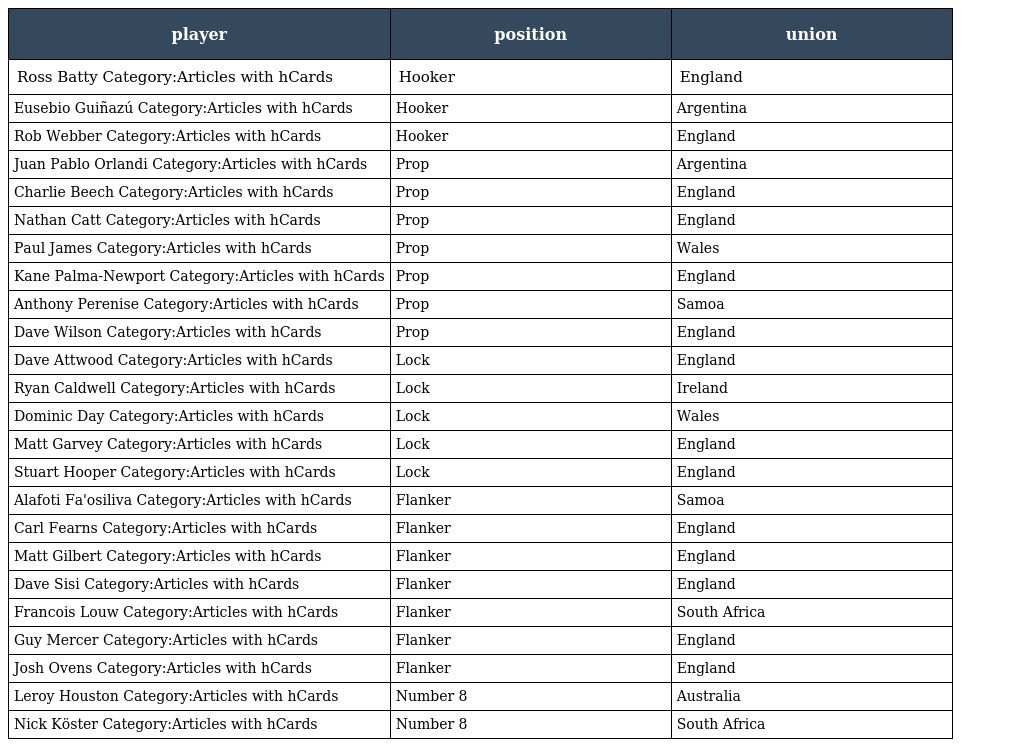
| player | position | union |
 | --- | --- | --- |
 | Ross Batty Category:Articles with hCards | Hooker | England |
 | Eusebio Guiñazú Category:Articles with hCards | Hooker | Argentina |
 | Rob Webber Category:Articles with hCards | Hooker | England |
 | Juan Pablo Orlandi Category:Articles with hCards | Prop | Argentina |
 | Charlie Beech Category:Articles with hCards | Prop | England |
 | Nathan Catt Category:Articles with hCards | Prop | England |
 | Paul James Category:Articles with hCards | Prop | Wales |
 | Kane Palma-Newport Category:Articles with hCards | Prop | England |
 | Anthony Perenise Category:Articles with hCards | Prop | Samoa |
 | Dave Wilson Category:Articles with hCards | Prop | England |
 | Dave Attwood Category:Articles with hCards | Lock | England |
 | Ryan Caldwell Category:Articles with hCards | Lock | Ireland |
 | Dominic Day Category:Articles with hCards | Lock | Wales |
 | Matt Garvey Category:Articles with hCards | Lock | England |
 | Stuart Hooper Category:Articles with hCards | Lock | England |
 | Alafoti Fa'osiliva Category:Articles with hCards | Flanker | Samoa |
 | Carl Fearns Category:Articles with hCards | Flanker | England |
 | Matt Gilbert Category:Articles with hCards | Flanker | England |
 | Dave Sisi Category:Articles with hCards | Flanker | England |
 | Francois Louw Category:Articles with hCards | Flanker | South Africa |
 | Guy Mercer Category:Articles with hCards | Flanker | England |
 | Josh Ovens Category:Articles with hCards | Flanker | England |
 | Leroy Houston Category:Articles with hCards | Number 8 | Australia |
 | Nick Köster Category:Articles with hCards | Number 8 | South Africa |